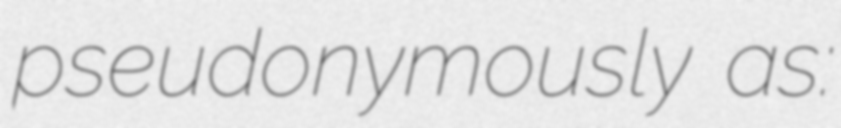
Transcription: pseudonymously as: